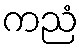
ကညံ